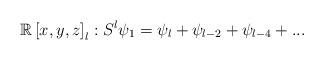
LaTeX: \begin{align*}\mathbb{R}\left[ x,y,z\right] _{l}:S^{l}\psi_{1}=\psi_{l}+\psi_{l-2}+\psi_{l-4}+...\end{align*}